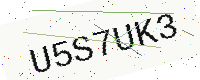
Text: U5S7UK3